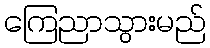
ကြေညာသွားမည်